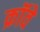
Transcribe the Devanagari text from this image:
क्रॉवे